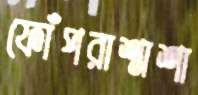
ফোঁপরাশ্মশা